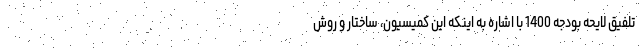
تلفیق لایحه بودجه 1400 با اشاره به اینکه این کمیسیون، ساختار و روش